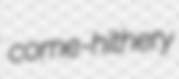
come-hithery